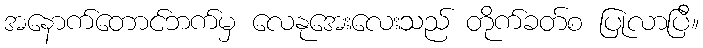
အနောက်တောင်ဘက်မှ လေနုအေးလေးသည် တိုက်ခတ်စ ပြုလာပြီ။